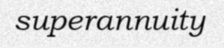
superannuity